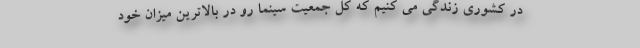
در کشوری زندگی می کنیم که کل جمعیت سینما رو در بالاترین میزان خود